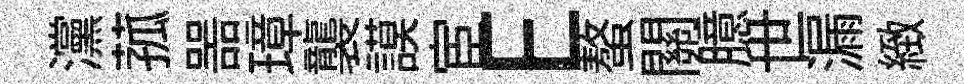
灙菰噐璋襲謨宦E螯關臆世漏緻